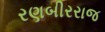
રણબીરરાજ